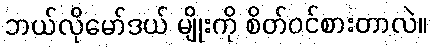
ဘယ်လိုမော်ဒယ် မျိုးကို စိတ်ဝင်စားတာလဲ။